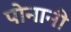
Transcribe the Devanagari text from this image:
पोनानी